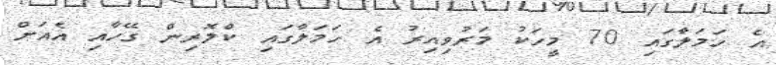
އެ ހަމަލާގައި 70 މީހަކު މަރުވިއިރު އެ ހަމަލާގައި ކްލޮރިން ގޭހާއި އެއަށް